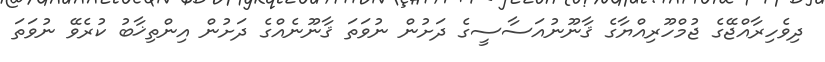
ދިވެހިރާއްޖޭގެ ޖުމްހޫރިއްޔާގެ ޤާނޫނުއަސާސީގެ ދަށުން ނުވަތަ ޤާނޫނެއްގެ ދަށުން އިންތިޚާބު ކުރެވޭ ނުވަތަ